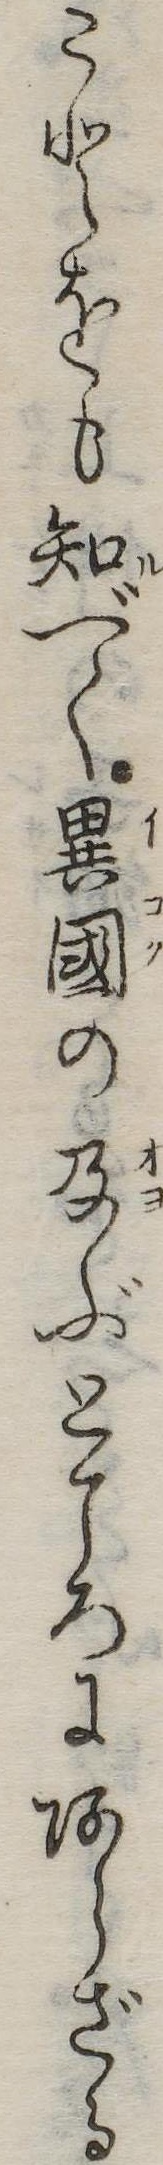
ことをも知べく異国の及ぶところにあらざる